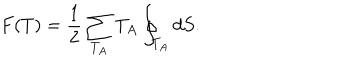
F ( T ) = \frac 1 2 \sum _ { T _ { A } } T _ { A } \oint _ { T _ { A } } d S .